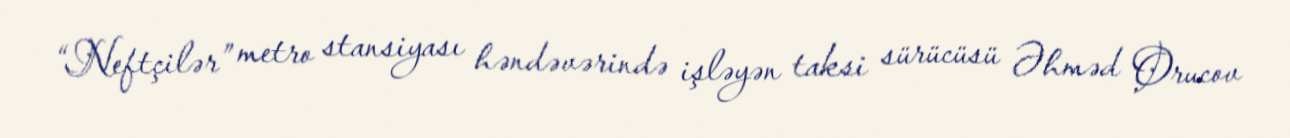
“Neftçilər” metro stansiyası həndəvərində işləyən taksi sürücüsü Əhməd Orucov